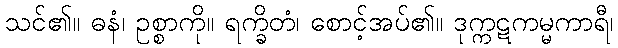
သင်၏။ ဓနံ၊ ဥစ္စာကို။ ရက္ခိတံ၊ စောင့်အပ်၏။ ဒုက္ကဋကမ္မကာရီ၊